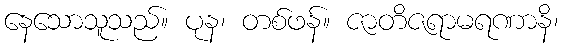
နေသောသူသည်။ ပုန၊ တစ်ဖန်။ ဇာတိဇရာမရဏာနိ၊